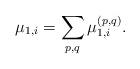
LaTeX: \begin{align*}\mu_{1,i}=\sum_{p,q} \mu_{1,i}^{(p,q)}.\end{align*}